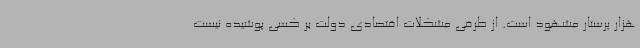
هزار پرستار مشهود است. از طرفی مشکلات اقتصادی دولت بر کسی پوشیده نیست